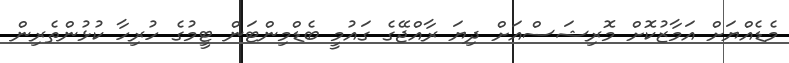
މެޑެއްޔަށް އަމާޒުކޮށް މޮރިޝަސްއަށް ދިޔަ ރާއްޖޭގެ ގައުމީ ބެޑްމިންޓަން ޓީމުގެ ހުރިހާ ކުޅުންތެރިން